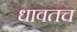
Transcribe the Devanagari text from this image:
धावतच